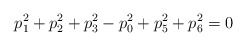
\begin{align*}p_1^2 + p_2^2 + p_3^2 - p_0^2 + p_5^2 + p_6^2 = 0\end{align*}